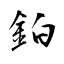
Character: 鉑